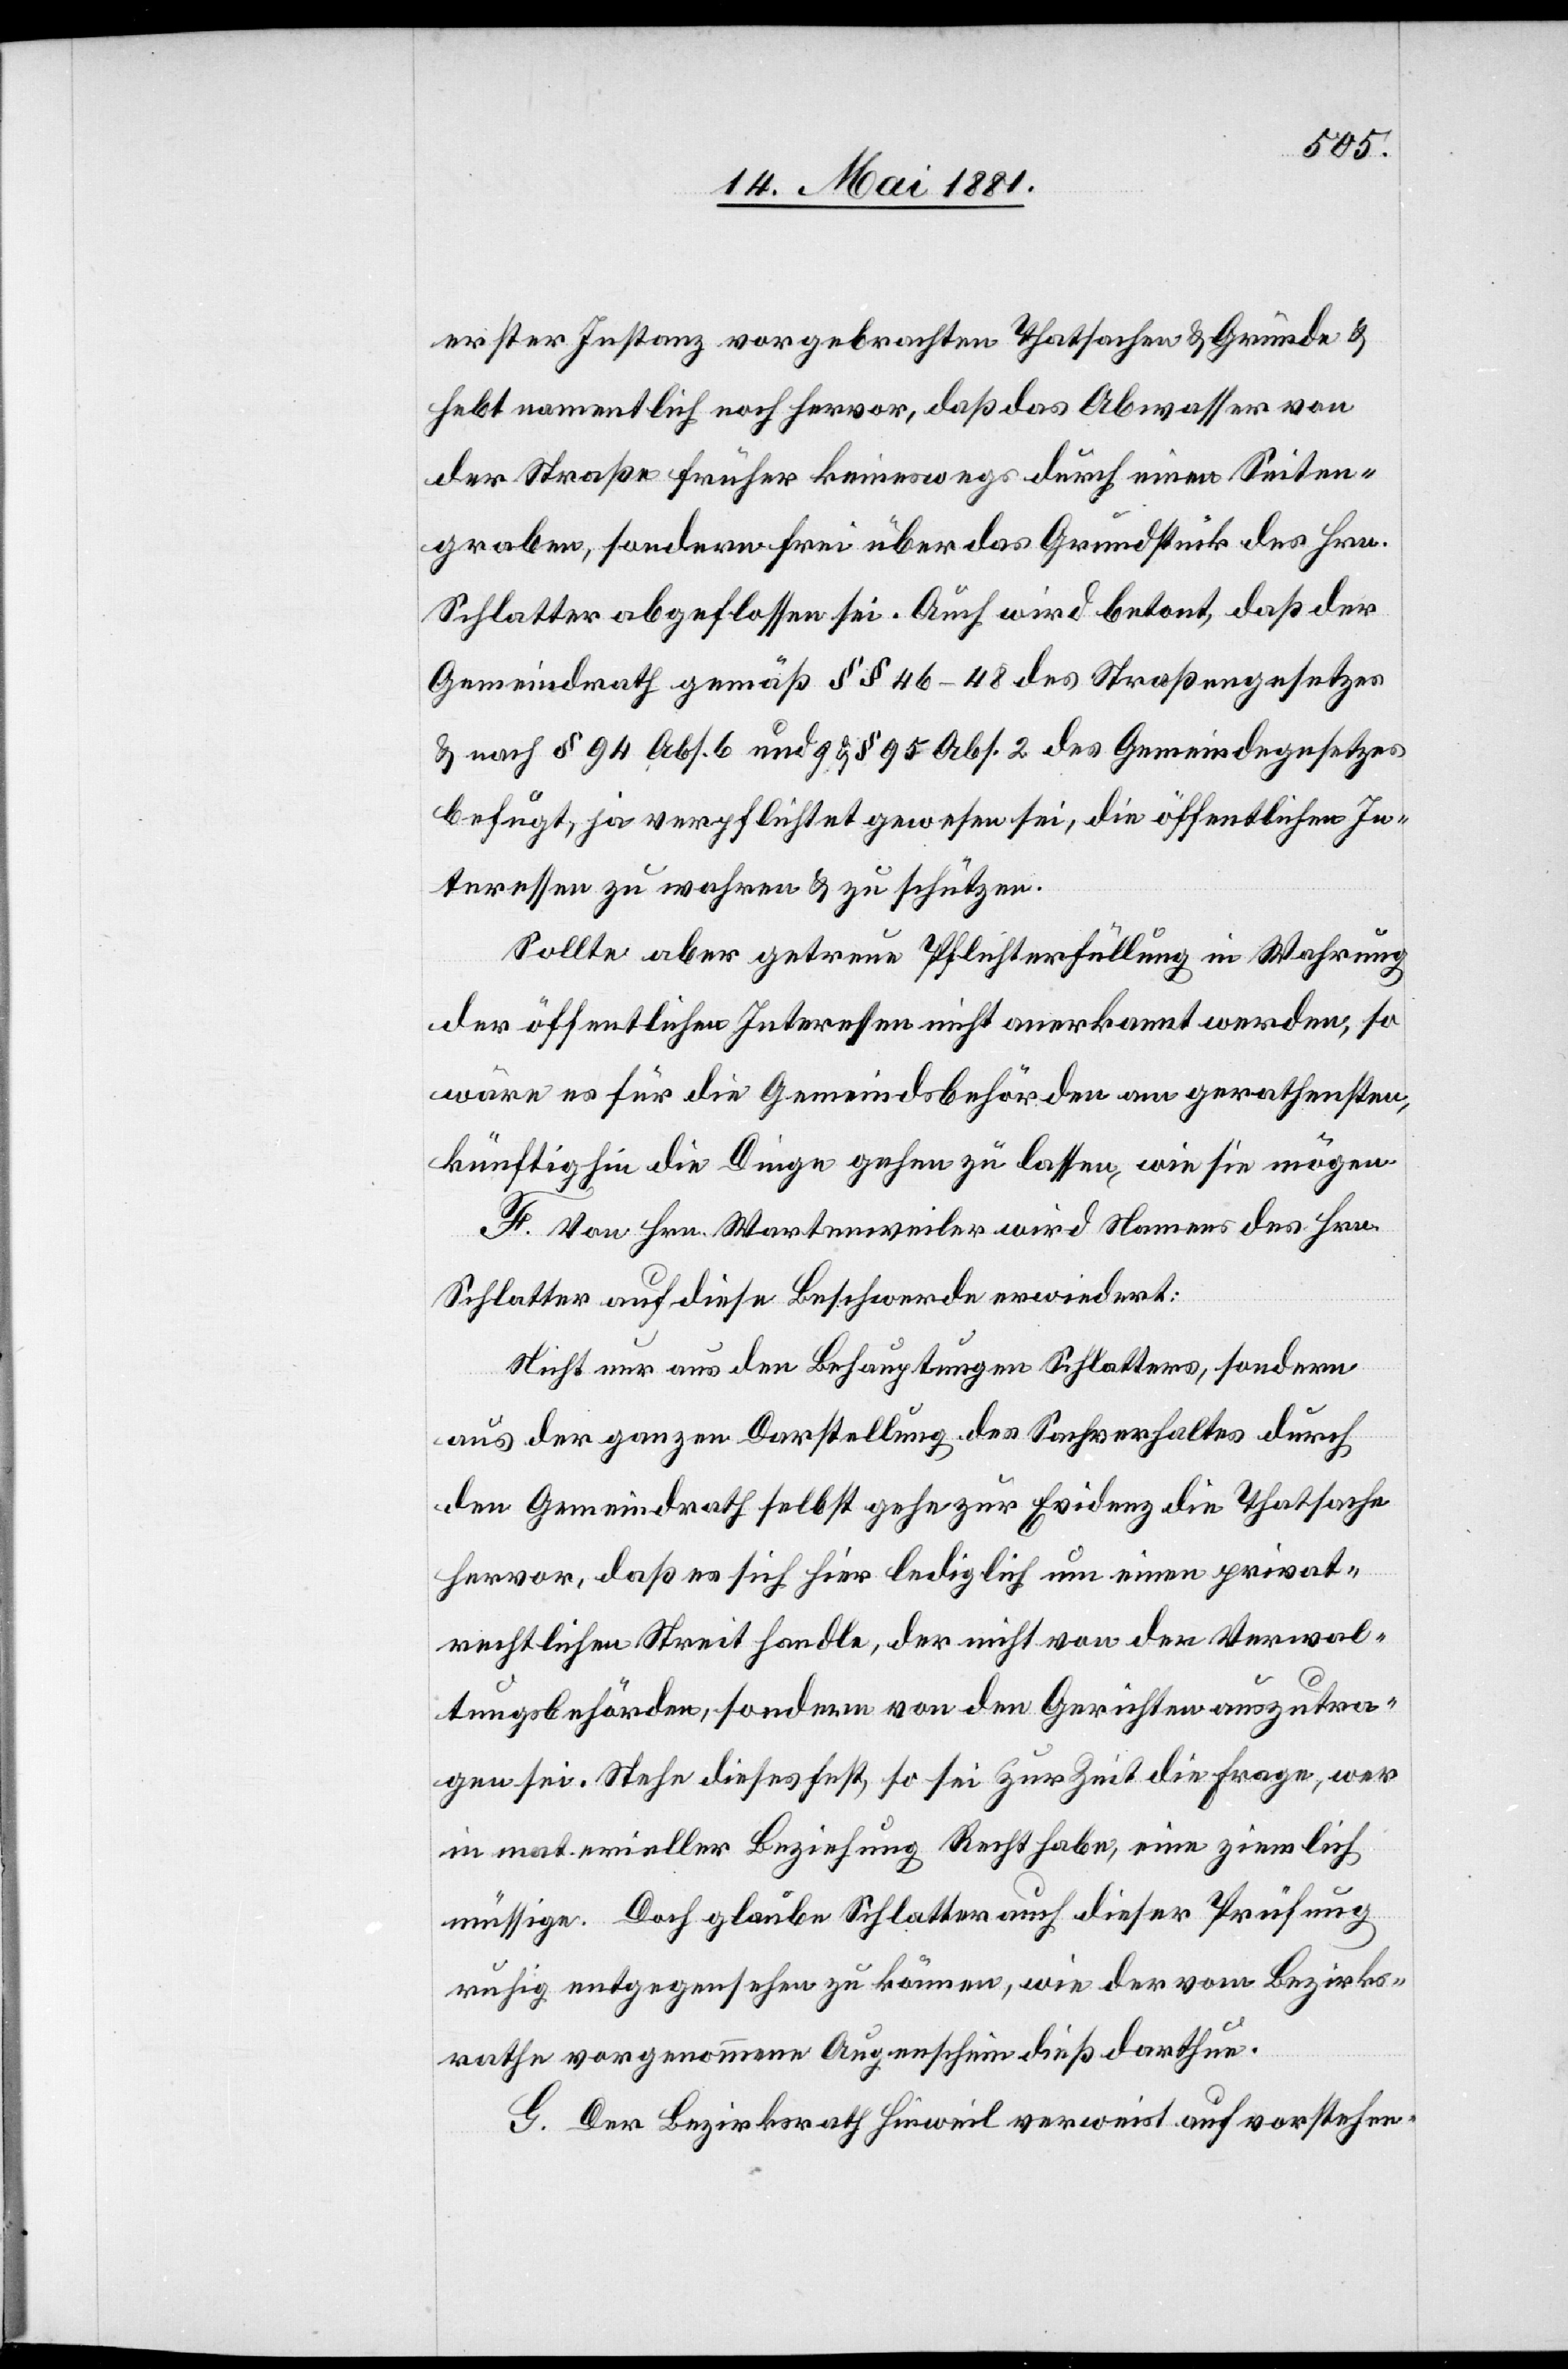
erster Instanz vorgebrachten Thatsachen & Gründe &
hebt namentlich noch hervor, daß das Abwasser von
der Straße früher keineswegs durch einen Seiten¬
graben, sondern frei über das Grundstück des Hrn.
Schlatter abgeflossen sei. Auch wird betont, daß der
Gemeindrath gemäß §§ 46–48 des Straßengesetzes
& nach § 94 Abs. 6 und 9 & § 95 Abs. 2 des Gemeindegesetzes
befugt, ja verpflichtet gewesen sei, die öffentlichen In¬
teressen zu wahren & zu schützen.
Sollte aber getreue Pflichterfüllung in Wahrung
der öffentlichen Interessen nicht anerkannt werden, so
wäre es für die Gemeindsbehörden am gerathensten,
künftig hin die Dinge gehen zu lassen, wie sie mögen
F. Von Hrn. Wartenweiler wird Namens des Hrn.
Schlatter auf diese Beschwerde erwiedert:
Nicht nur aus den Behauptungen Schlatters, sondern
aus der ganzen Darstellung des Sachverhaltes durch
den Gemeindrath selbst gehe zur Evidenz die Thatsache
hervor, daß es sich hier lediglich um einen privat¬
rechtlichen Streit handle, der nicht von den Verwal¬
tungsbehörden, sondern von den Gerichten auszutra¬
gen sei. Stehe dieses fest, so sei zur Zeit die Frage, wer
in materieller Beziehung Recht habe, eine ziemlich
mässige. Doch glaube Schlatter auch dieser Prüfung
ruhig entgegensehen zu können, wie der vom Bezirks¬
rathe vorgenommene Augenschein dieß darthue.
G. Der Bezirksrath Hinweil verweist auf vorsthen-